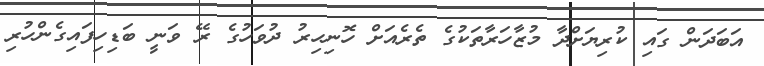
އަބަދަން ގައި ކުރިޔަށްދާ މުޒާހަރާތަކުގެ ތެރެއަށް ހޮނިހިރު ދުވަހުގެ ރޭ ވަނީ ބަޑިހިފައިގެންހުރި